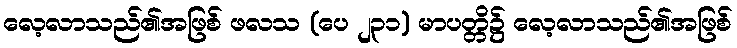
လေ့လာသည်၏အဖြစ် ဖလသ (ပေ ၂၃၁) မာပတ္တိ၌ လေ့လာသည်၏အဖြစ်